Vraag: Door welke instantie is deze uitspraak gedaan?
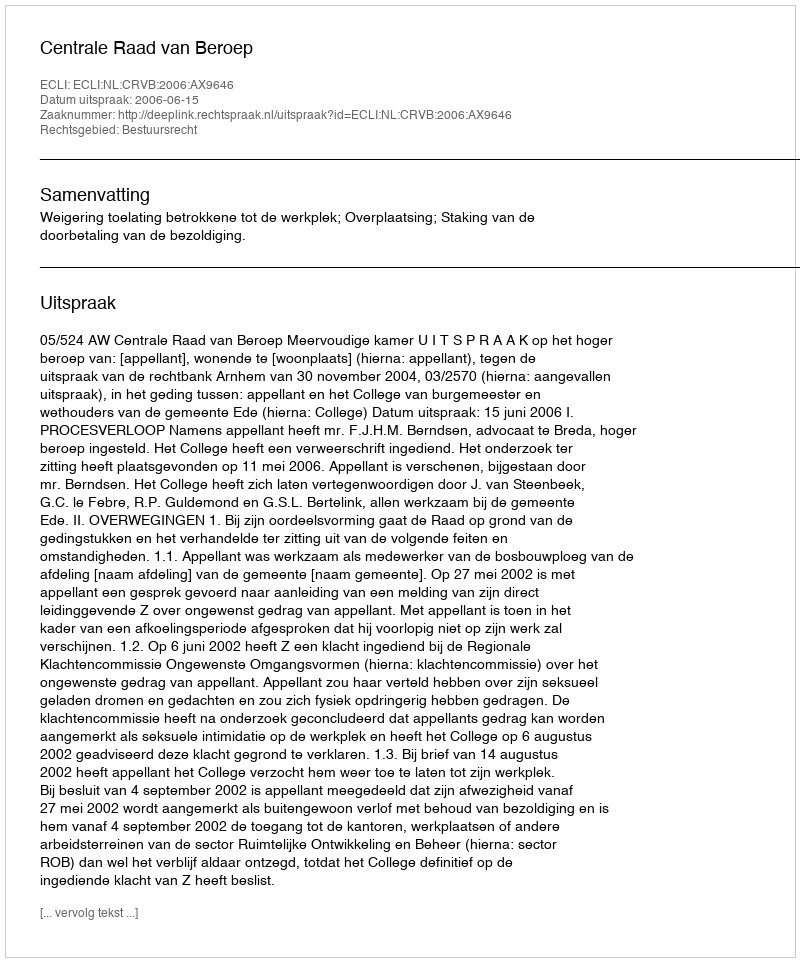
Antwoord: Centrale Raad van Beroep